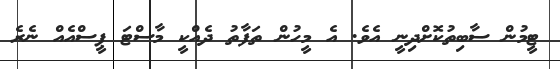
ޓީމުން ސާބިތުކޮށްދިނީ އެވެ. އެ މީހުން ތަފާތު ދެއްކީ މާސްޓަ ޕީސްއެއް ނެރެ